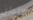
ولكن